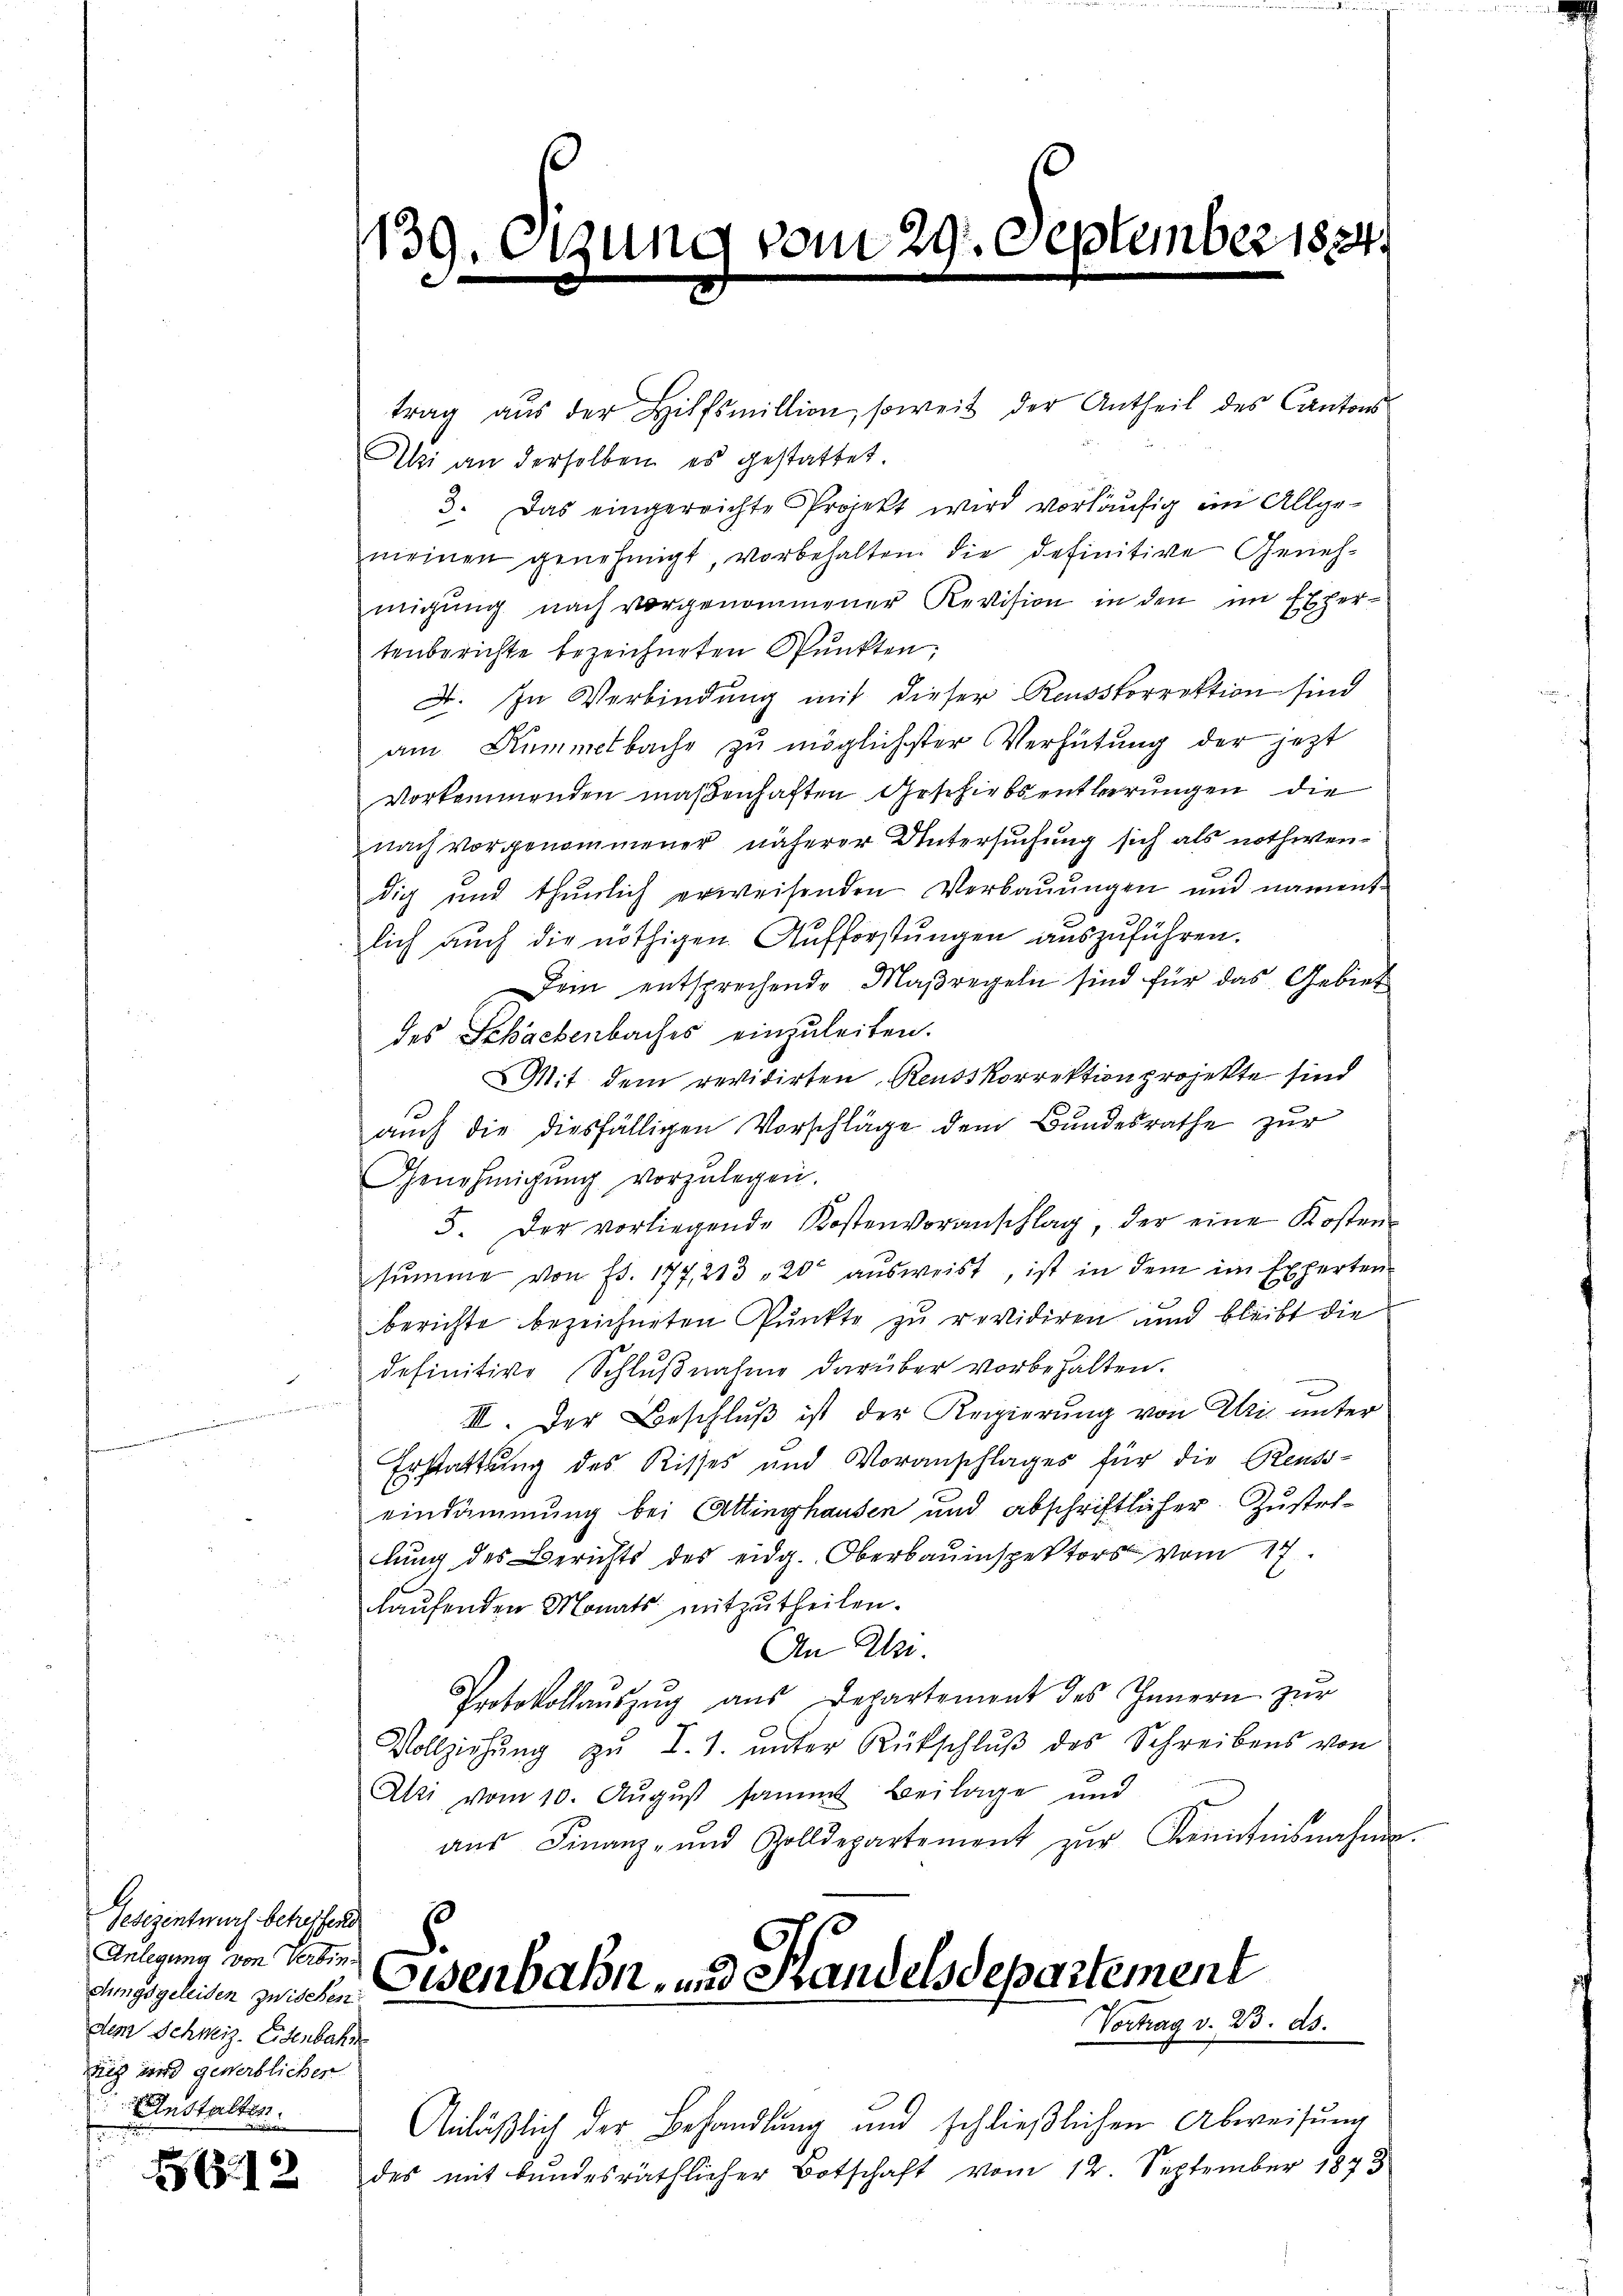
Gesezentwurf betreffend
Anlegung von Verbindungsgeleiden zwischen
des Schweiz. Eisenbahn
iig und gewerblicher
Anstalten.

e

G.12

139.

trag aŭs der Hilfsmillion, soweit der Antheil des Cantons-
Aki an derselben es gestattet.
3. Das eingereichte Projekt wird vorläufig im Allgemeinen genehmigt, vorbehalten, die definitive Genehmigŭng nach vorgenommener Revision in den im Expertenberichte bezeichneten Punkten,
A. In Verbindung mit dieser Reusskorrektion sind
am Summetbache zu möglichster Verhütung der jetzt
vorkommenden maßenhaften Geschiebs entkerungen die
nach vorgenommener näherer Untersuchung sich als nothwendig und thunlich erweisenden Verbauungen und nament-
lich auch die nöthigen Aufforstungen auszuführen.
Dein entsprechende Maßregeln sind für das Gebiet
des Schackenbaches einzuleiten.
Mit dem revidirten Reusskorrektion projekte sind
auch die diesfälligen Vorschläge dem Bundesrathe zur
Genehmigung vorzulegen.
5. Der vorliegende Kostenvoranschlag, der eine Kosten-
sŭmme von Fr. 177, 213 200 aŭsweist, ist in dem im Experten
berichte bezeichneten Punkte zu revidiren und bleibt die
definitive Schlŭβnahme darüber vorbehalten.
n
III. Der Beschlŭβ ist der Regierung von Uri unter
Erstattung des Risses und Voranschlages für die Reuss-
eindämmung bei Attinghausen und abschriftlicher Zustel-
lung des Berichts des eidg. Oberbauinspektors vom 17.
laufenden Monats mitzutheilen.
An Al.
Protokollaŭszŭg aŭs Departement des Innern zur
Vollziehŭng zŭ I.1. ŭnter Rückschlŭβ des Schreibens von
Alti vom 10. Aŭgŭst sammt Beilage und
aŭs Finanz- und Zolldepartement zŭr Kenntnisnahme.
Eisenbahn- und Handelsdepartement

Anläßlich der Behandlung und schließlichen Abweisung
des mit bundesräthlicher Botschaft vom 12. September 1843

vom 29.

Nember 1884.

Vortrag v. 23. ds.